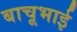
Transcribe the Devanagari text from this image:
बाचूभाई